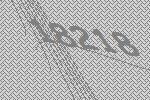
18218